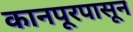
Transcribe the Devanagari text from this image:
कानपूरपासून